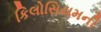
કિલોસિયમની